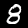
Label: 8